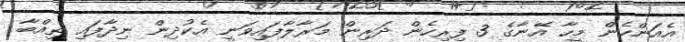
އެއަންހެން މީހާ އޭނާގެ 3 ފިރިހެން ދަރިން މަރާލާފައިވަނީ އެކުދިން ނިދާފައި ތިއްބާ